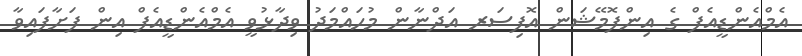
އެމްއެންޑީއެފް ގެ އިންފޮމޭޝަން އޮފިސަރ އަދްނާން މުހައްމަދު ވިދާޅުވީ އެމްއެންޑީއެފް އިން ފަށާފައިވާ